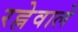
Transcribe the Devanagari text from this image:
रह्नेवाले